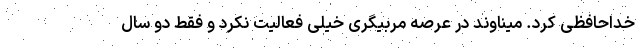
خداحافظی کرد. میناوند در عرصه مربیگری خیلی فعالیت نکرد و فقط دو سال